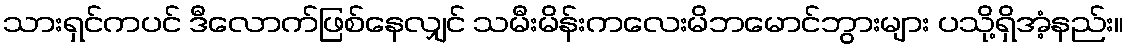
သားရှင်ကပင် ဒီလောက်ဖြစ်နေလျှင် သမီးမိန်းကလေးမိဘမောင်ဘွားများ ပသို့ရှိအံ့နည်း။